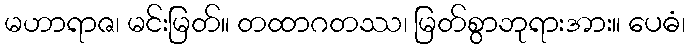
မဟာရာဇ၊ မင်းမြတ်။ တထာဂတဿ၊ မြတ်စွာဘုရားအား။ ပေဓံ၊